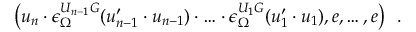
\bigl ( u _ { n } \cdot \epsilon _ { \Omega } ^ { U _ { n - 1 } G } ( u _ { n - 1 } ^ { \prime } \cdot u _ { n - 1 } ) \cdot \ldots \cdot \epsilon _ { \Omega } ^ { U _ { 1 } G } ( u _ { 1 } ^ { \prime } \cdot u _ { 1 } ) , e , \ldots , e \bigr ) \ \ .